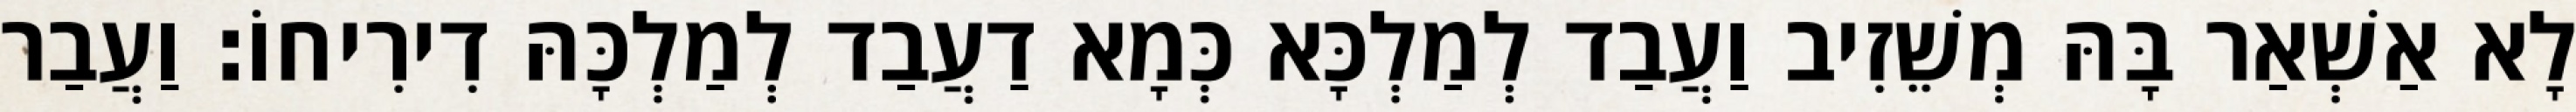
לָא אַשְׁאַר בָּהּ מְשֵׁזִיב וַעֲבַד לְמַלְכָּא כְּמָא דַעֲבַד לְמַלְכָּהּ דִירִיחוֹ׃ וַעֲבַר